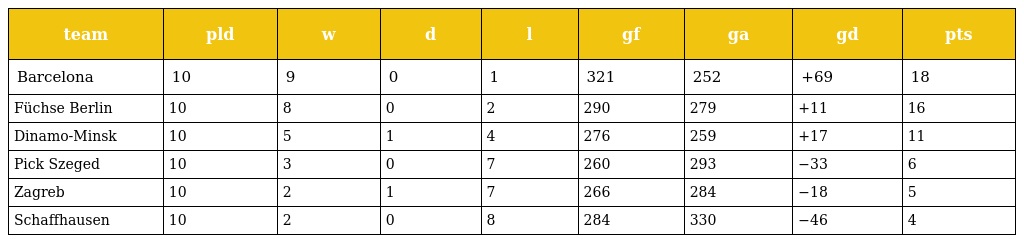
| team | pld | w | d | l | gf | ga | gd | pts |
 | --- | --- | --- | --- | --- | --- | --- | --- | --- |
 | Barcelona | 10 | 9 | 0 | 1 | 321 | 252 | +69 | 18 |
 | Füchse Berlin | 10 | 8 | 0 | 2 | 290 | 279 | +11 | 16 |
 | Dinamo-Minsk | 10 | 5 | 1 | 4 | 276 | 259 | +17 | 11 |
 | Pick Szeged | 10 | 3 | 0 | 7 | 260 | 293 | −33 | 6 |
 | Zagreb | 10 | 2 | 1 | 7 | 266 | 284 | −18 | 5 |
 | Schaffhausen | 10 | 2 | 0 | 8 | 284 | 330 | −46 | 4 |